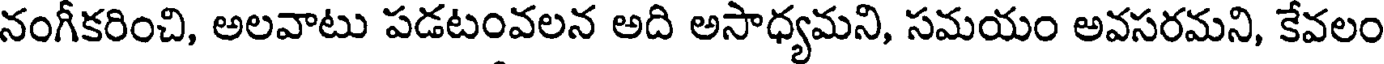
నంగీకరించి, అలవాటు పడటంవలన అది అసాధ్యమని, సమయం అవసరమని, కేవలం